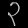
Digit: ၃